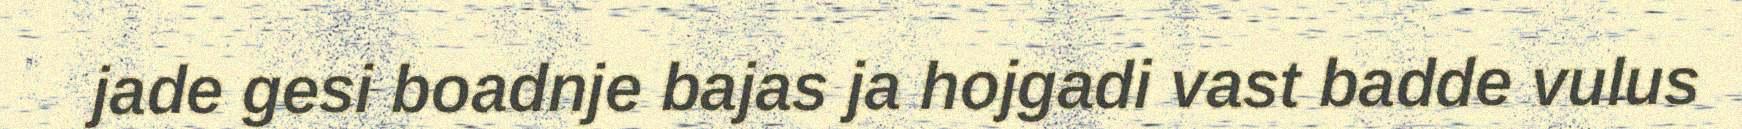
jade gesi boadnje bajas ja hojgadi vast badde vulus